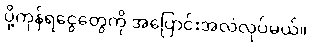
ပို့ကုန်ရငွေတွေကို အပြောင်းအလဲလုပ်မယ်။